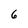
Character: 6